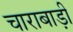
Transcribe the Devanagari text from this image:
चाराबाड़ी